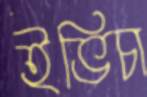
ইভিচা